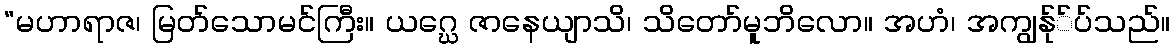
“မဟာရာဇ၊ မြတ်သောမင်ကြီး။ ယဂ္ဃေ ဇာနေယျာသိ၊ သိတော်မူဘိလော။ အဟံ၊ အကျွန်ု်ပ်သည်။